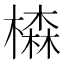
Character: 𣛧